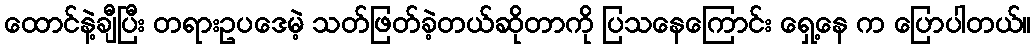
ထောင်နဲ့ချီပြီး တရားဥပဒေမဲ့ သတ်ဖြတ်ခဲ့တယ်ဆိုတာကို ပြသနေကြောင်း ရှေ့နေ က ပြောပါတယ်။